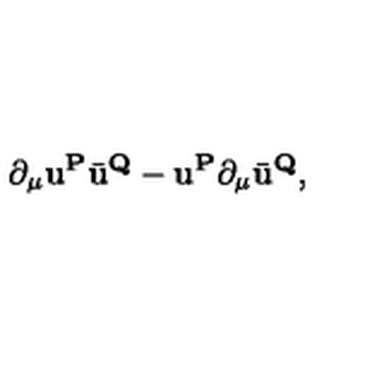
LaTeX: \partial _ { \mu } { \mathbf { u } } ^ { \mathbf { P } } \bar { \mathbf { u } } ^ { \mathbf { Q } } - { \mathbf { u } } ^ { \mathbf { P } } \partial _ { \mu } \bar { \mathbf { u } } ^ { \mathbf { Q } } ,